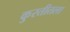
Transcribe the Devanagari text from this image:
कुस्तीतला